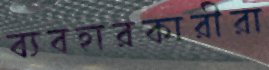
ব্যবহারকারীরা